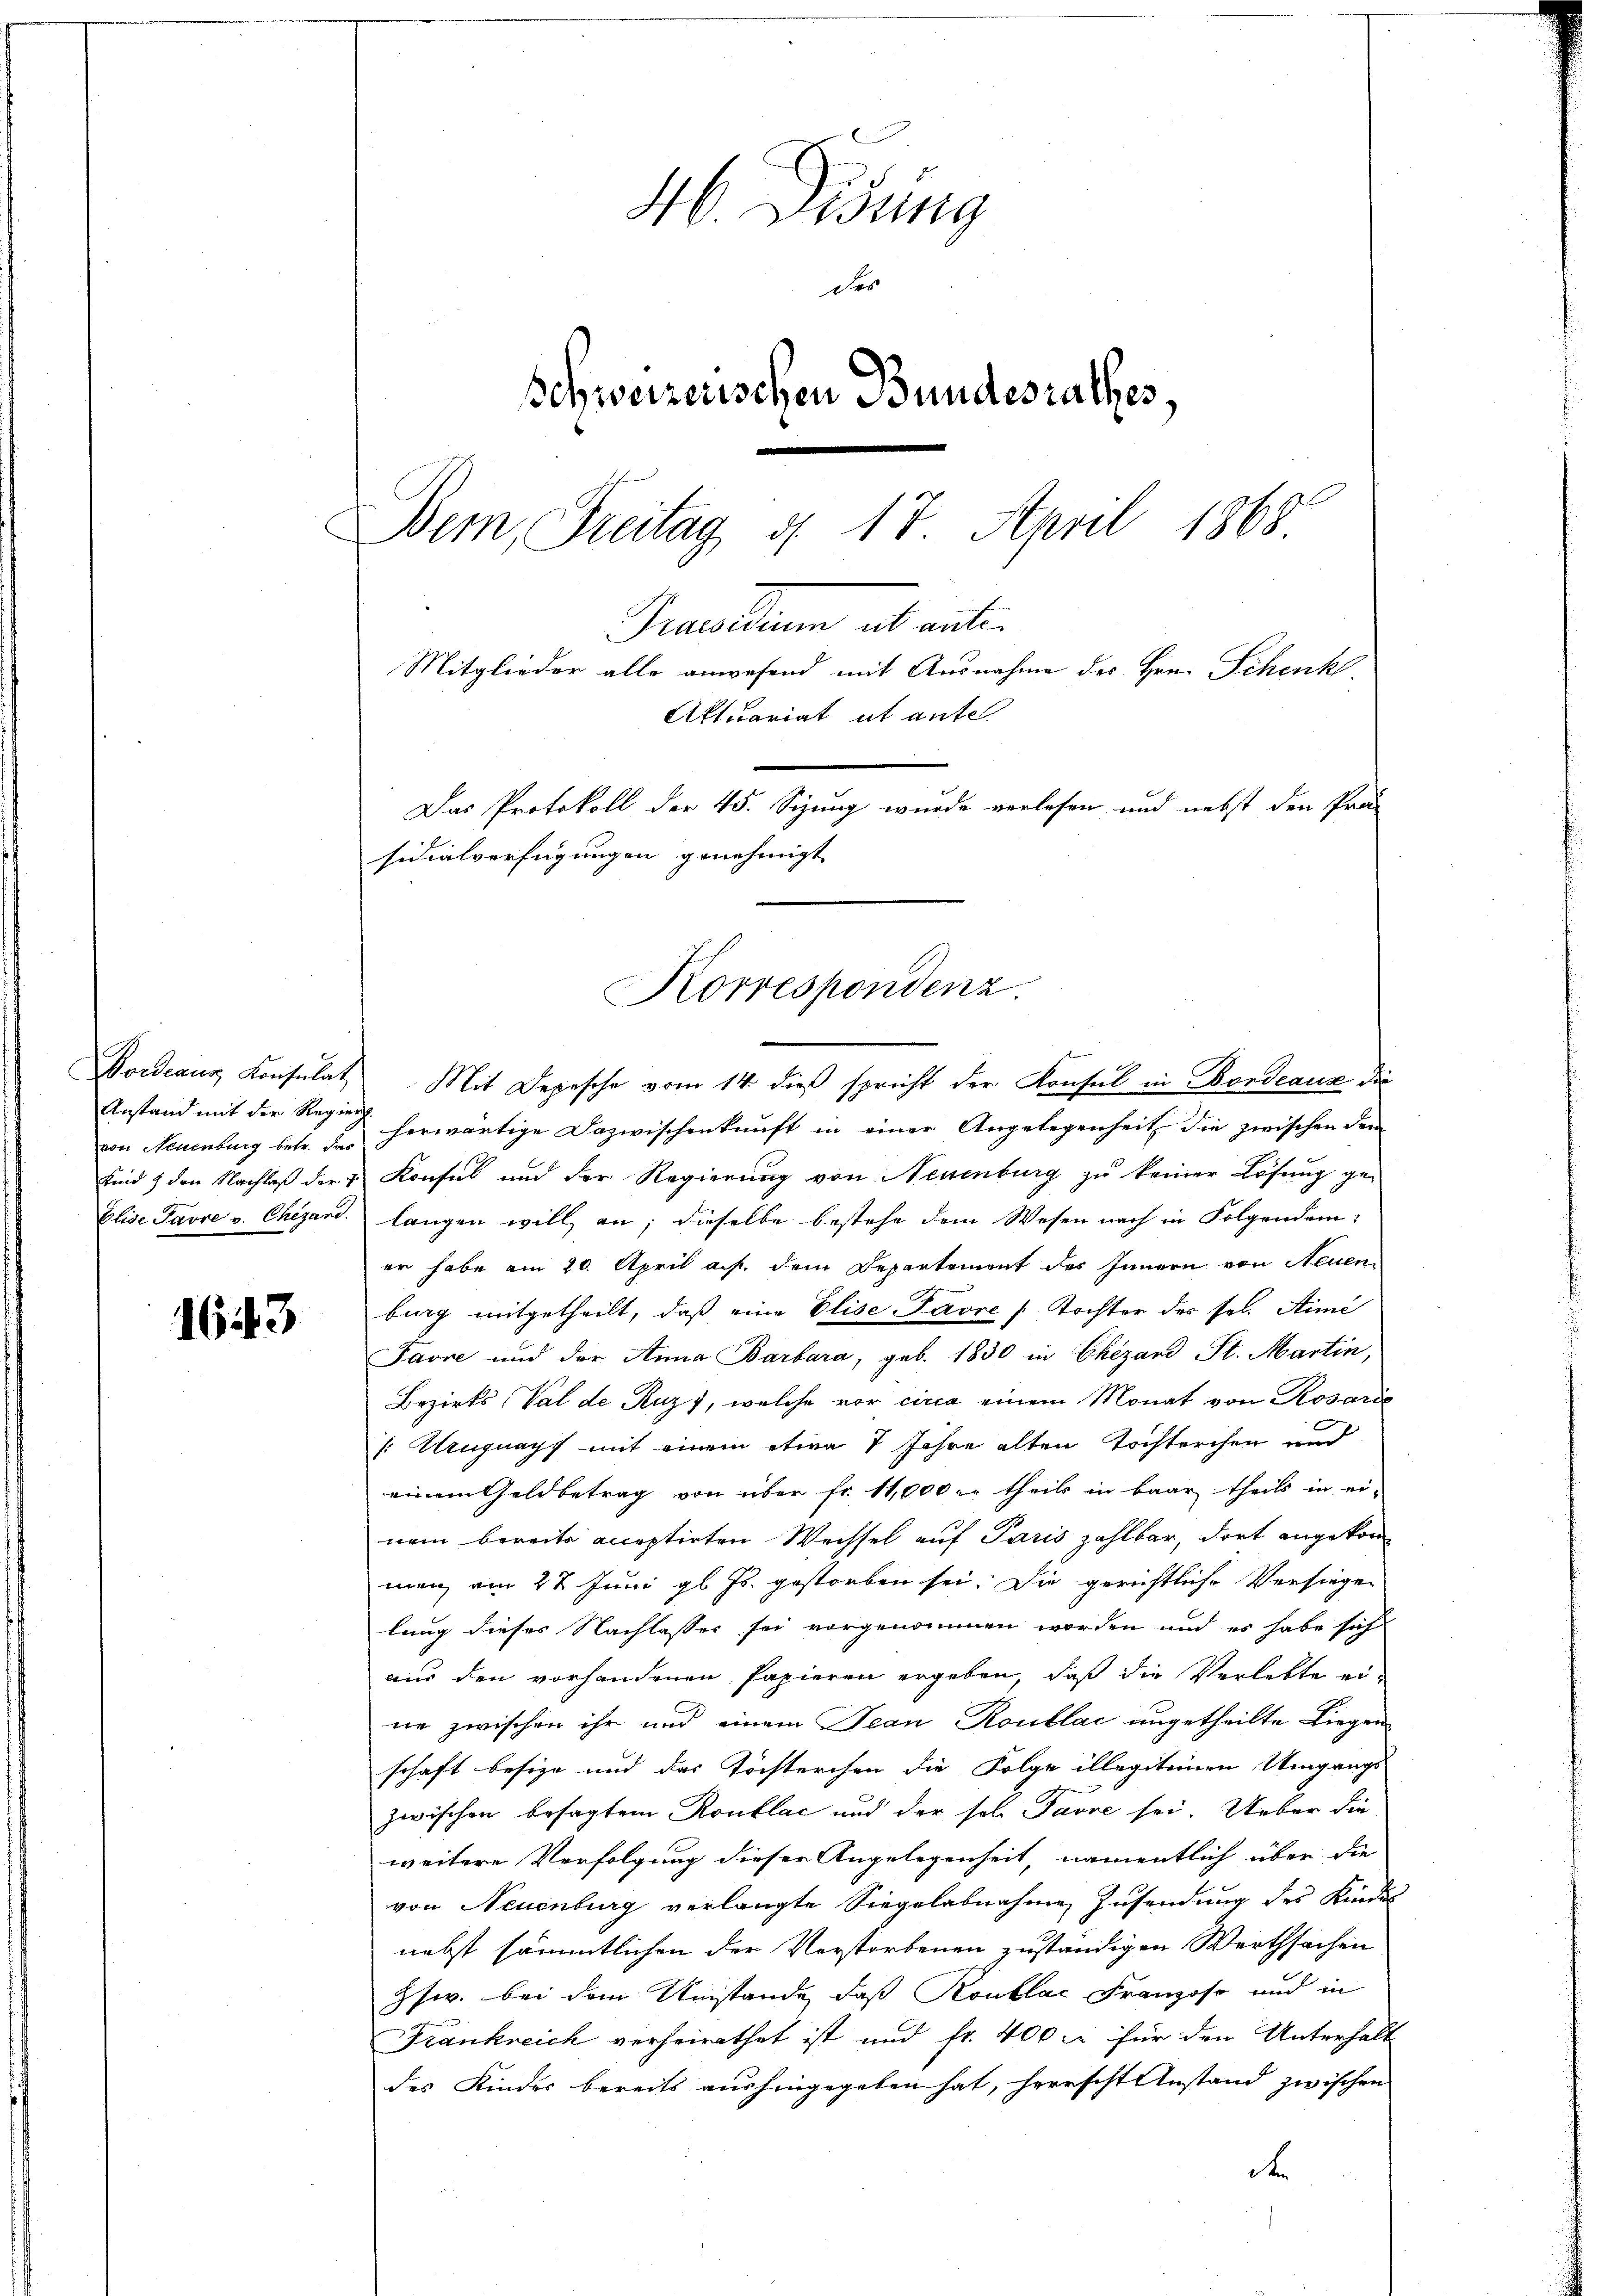
Anstand mit der Regier
von Neuenburg betr. das

1643

H. Visung
des
schweizerischen Bundesrathes,
i
Bem, Freitag d. 17. April 1868.
Gewaltung als ent¬
Mitglieder alle anwesend mit Ausnahme des Hrn. Schenkl
Aktuariat ab antel
Das Protokoll der 45. Sizung wurde verlesen und nebst den Pro
sidialverfügungen genehmigt

Korrespondenz.
Fordeaus Konsulat Mit Depesche vom 14. dieß spricht der Konsul in Bordeaux die

herwärtige Dazwischenkunft in einer Angelegenheit die zwischen dem
sind 1 den Nachlaß der v. Konsul und der Regierung von Neuenburg zu keiner Lösung ge¬
Elise Pavre v. Chigand. langen will an; dieselbe bestehe dem Wesen nach in Folgendem:
er habe am 20. April auf dem Departement des Innern von Neuen
burg mitgetheilt, daß eine Elise Favre / Tochter des sel. Stimi
Favre und der Anna Barbara, geb. 1830 in Chizard St. Martin,
Bezirks (Val de Ruz), welche vor circa einem Monat von Rosarie
C
/: Uruguays mit einem etwa 7 Jahre alten Tochterchen und
einem Geldbetrag von über fr. 11,000 er theils in baar theils in ei-
nem bereits acceptirten Wechsel auf Paris zahlbar, dort angekommen, am 22 Juni gl. Js. gestorben sei. Die gerichtliche Versiegen
lung dieses Nachlasses sei vorgenommen worden und es habe sich
aus den vorhandenen Papieren ergeben, daß die Verlebte eine zwischen ihr und einem Jean Routlac angetheilte Liegen
schaft besize und das Töchterchen die Folge illegitemen Umgangs-
zwischen besagtem Routlac und der sol. Favre sei. Ueber die
weitere Verfolgung dieser Angelegenheit, namentlich über die
von Neuenburg verlangte Siegelabnahme Zusendung des Kindel
nebst sämmtlichen der Verstorbenen zuständigen Werthsachen
Zsw. bei dem Umstände, daß Konklac Franzoso und in
Frankreich verheirathet ist und fr. 400 l. für den Unterhalt
des Kindes bereits aushingegeben hat, herrscht Anstand zwischen
d